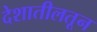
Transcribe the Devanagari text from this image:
देशातीलतून